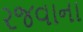
રજવાના